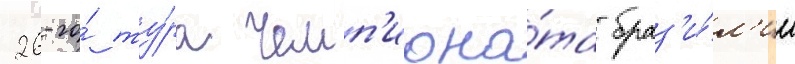
26-го́ ту́ра чемп'иона́та браз'и́л'ии